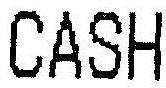
CASH